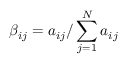
\beta _ { i j } = a _ { i j } \slash \sum _ { j = 1 } ^ { N } a _ { i j }